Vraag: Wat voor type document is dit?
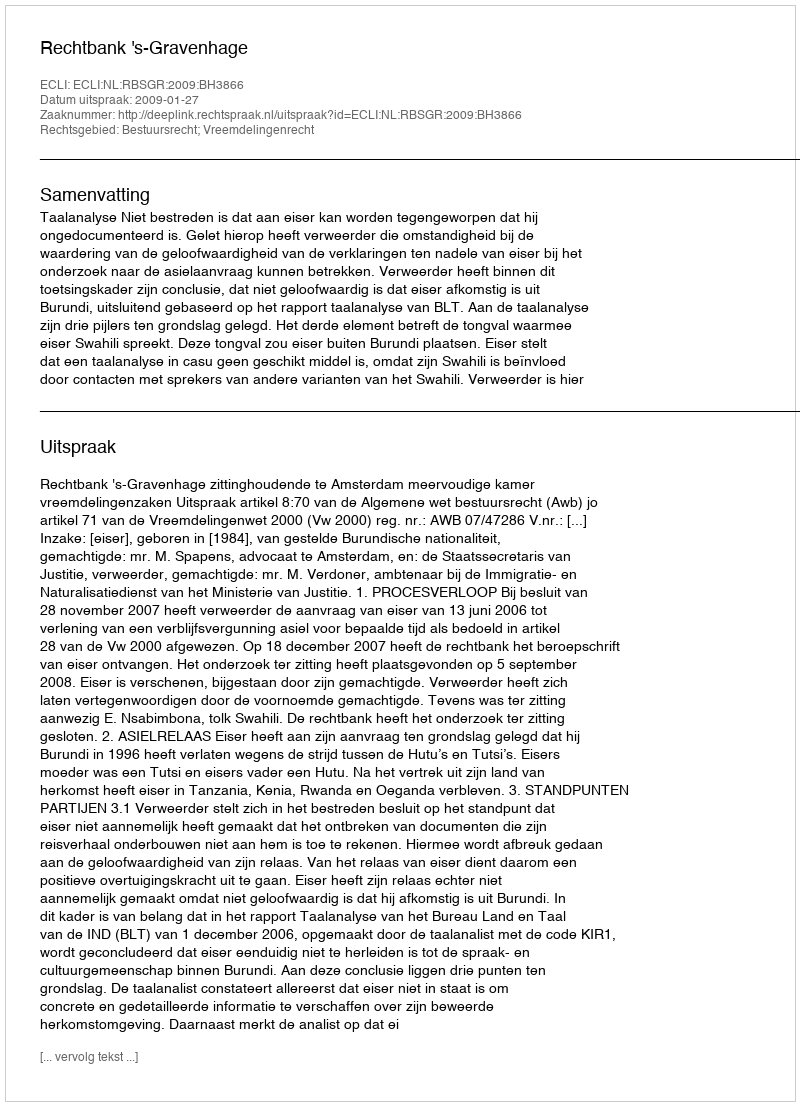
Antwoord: Uitspraak